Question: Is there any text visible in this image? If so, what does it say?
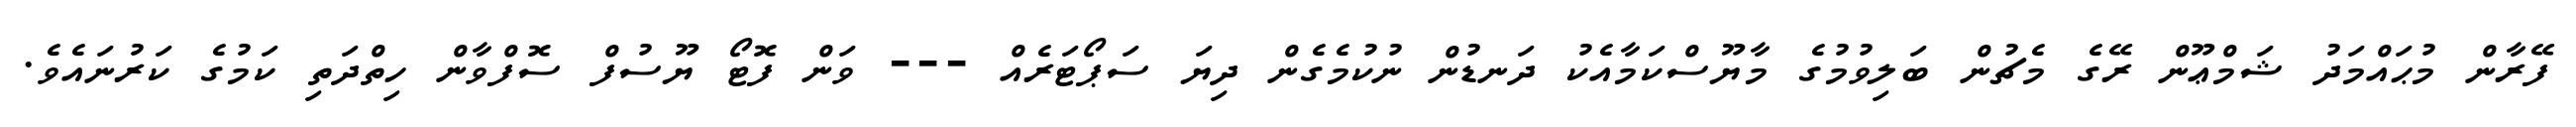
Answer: ފޭރާން މުޙައްމަދު ޝަމްޢޫން ރޭގެ މެޗުން ބަލިވުމުގެ މާޔޫސްކަމާއެކު ދަނޑުން ނުކުމެގެން ދިޔަ ސަޕޯޓަރެއް --- ވަން ފޮޓޯ ޔޫސުފް ސޮފްވާން ހިތްދަތި ކަމުގެ ކަރުނައެވެ.